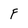
Character: F